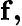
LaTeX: \mathbf{f,}